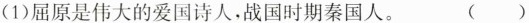
(1)屈原是伟大的爱国诗人，战国时期秦国人。 ()